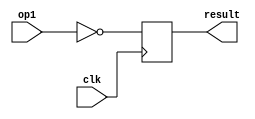
module NOT(clk,op1,result);
    input clk ;
    input [31:0] op1;
    output integer result;

    always @(posedge clk)
    begin
        
        result = ~op1;
    end
endmodule